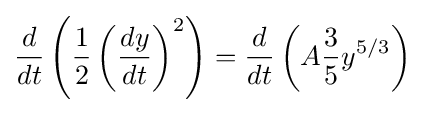
{\frac {d}{dt}}\left({\frac {1}{2}}\left({\frac {dy}{dt}}\right)^{2}\right)={\frac {d}{dt}}\left(A{\frac {3}{5}}y^{5/3}\right)